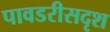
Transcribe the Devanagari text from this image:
पावडरीसदृश